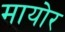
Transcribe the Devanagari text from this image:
मायोर